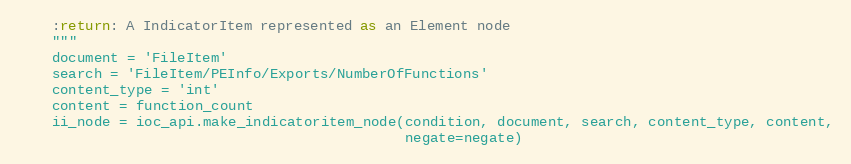
Language: Python
    :return: A IndicatorItem represented as an Element node
    """
    document = 'FileItem'
    search = 'FileItem/PEInfo/Exports/NumberOfFunctions'
    content_type = 'int'
    content = function_count
    ii_node = ioc_api.make_indicatoritem_node(condition, document, search, content_type, content,
                                              negate=negate)